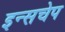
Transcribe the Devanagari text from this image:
इन्सचेप